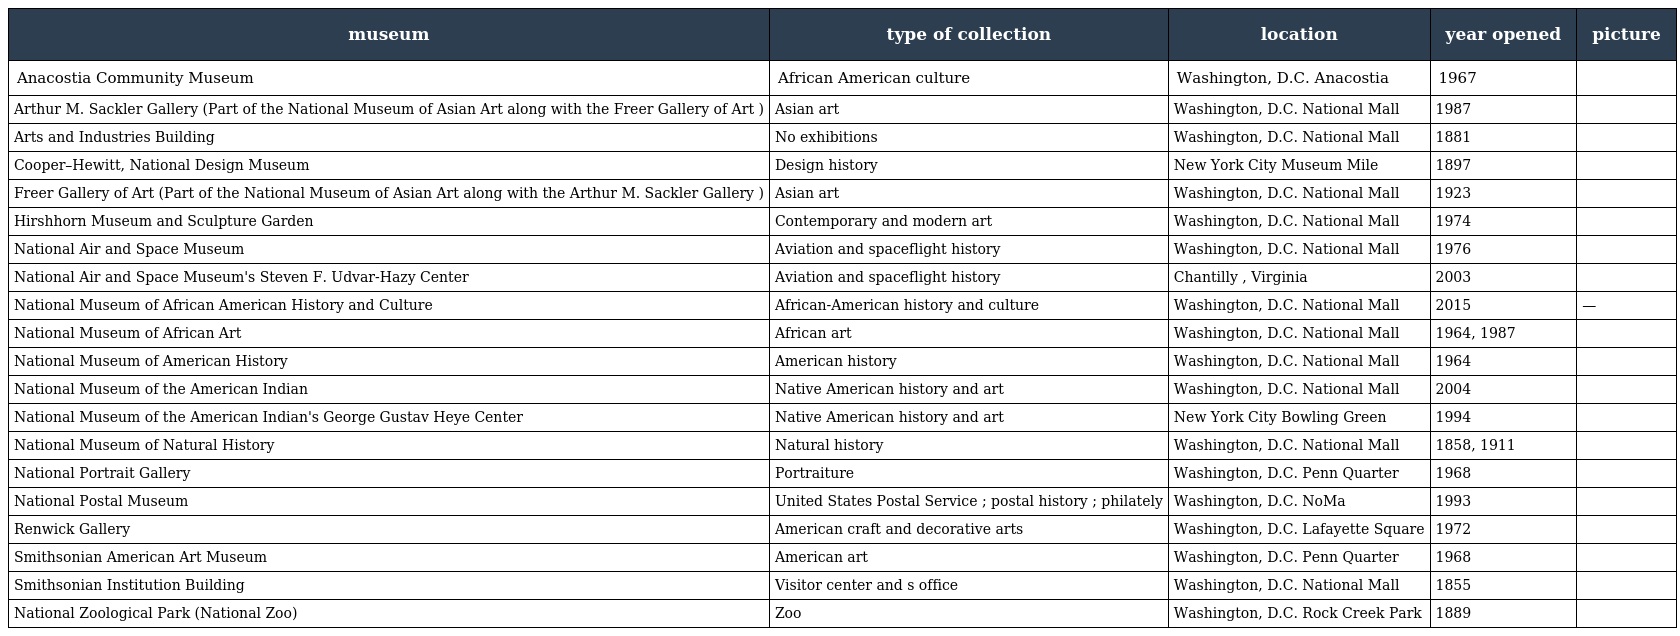
| museum | type of collection | location | year opened | picture |
 | --- | --- | --- | --- | --- |
 | Anacostia Community Museum | African American culture | Washington, D.C. Anacostia | 1967 |  |
 | Arthur M. Sackler Gallery (Part of the National Museum of Asian Art along with the Freer Gallery of Art ) | Asian art | Washington, D.C. National Mall | 1987 |  |
 | Arts and Industries Building | No exhibitions | Washington, D.C. National Mall | 1881 |  |
 | Cooper–Hewitt, National Design Museum | Design history | New York City Museum Mile | 1897 |  |
 | Freer Gallery of Art (Part of the National Museum of Asian Art along with the Arthur M. Sackler Gallery ) | Asian art | Washington, D.C. National Mall | 1923 |  |
 | Hirshhorn Museum and Sculpture Garden | Contemporary and modern art | Washington, D.C. National Mall | 1974 |  |
 | National Air and Space Museum | Aviation and spaceflight history | Washington, D.C. National Mall | 1976 |  |
 | National Air and Space Museum's Steven F. Udvar-Hazy Center | Aviation and spaceflight history | Chantilly , Virginia | 2003 |  |
 | National Museum of African American History and Culture | African-American history and culture | Washington, D.C. National Mall | 2015 | — |
 | National Museum of African Art | African art | Washington, D.C. National Mall | 1964, 1987 |  |
 | National Museum of American History | American history | Washington, D.C. National Mall | 1964 |  |
 | National Museum of the American Indian | Native American history and art | Washington, D.C. National Mall | 2004 |  |
 | National Museum of the American Indian's George Gustav Heye Center | Native American history and art | New York City Bowling Green | 1994 |  |
 | National Museum of Natural History | Natural history | Washington, D.C. National Mall | 1858, 1911 |  |
 | National Portrait Gallery | Portraiture | Washington, D.C. Penn Quarter | 1968 |  |
 | National Postal Museum | United States Postal Service ; postal history ; philately | Washington, D.C. NoMa | 1993 |  |
 | Renwick Gallery | American craft and decorative arts | Washington, D.C. Lafayette Square | 1972 |  |
 | Smithsonian American Art Museum | American art | Washington, D.C. Penn Quarter | 1968 |  |
 | Smithsonian Institution Building | Visitor center and s office | Washington, D.C. National Mall | 1855 |  |
 | National Zoological Park (National Zoo) | Zoo | Washington, D.C. Rock Creek Park | 1889 |  |